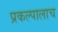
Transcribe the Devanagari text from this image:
प्रकल्पालाच